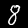
Label: 8